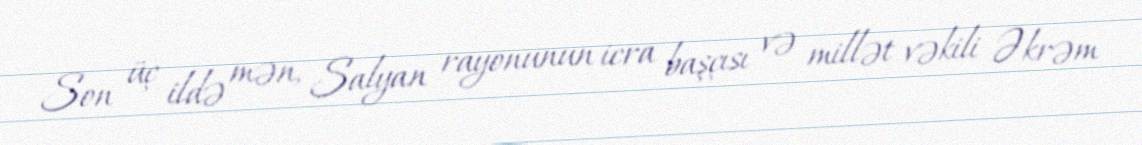
Son üç ildə mən, Salyan rayonunun icra başçısı və millət vəkili Əkrəm